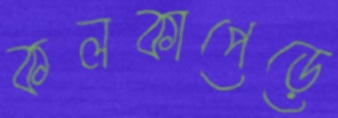
কলকাপেড়ে